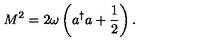
M ^ { 2 } = 2 \omega \left( a ^ { \dagger } a + \frac { 1 } { 2 } \right) .